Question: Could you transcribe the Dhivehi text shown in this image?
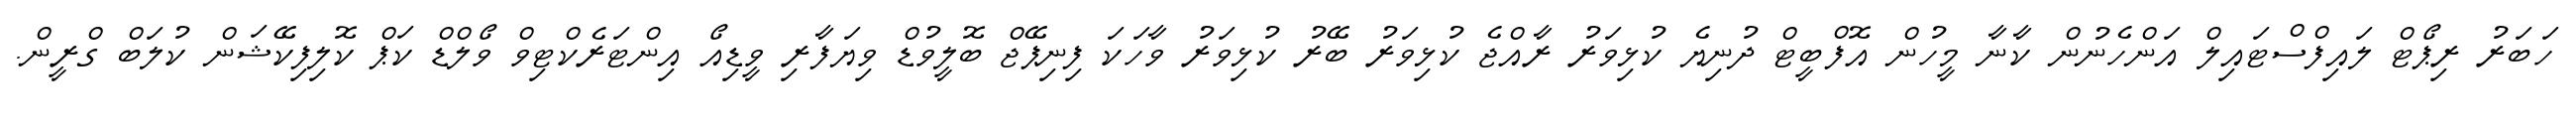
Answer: ހަބަރު ރިޕޯޓް ލައިފްސްޓައިލް އަންހެނުން ކާނާ މީހުން އޮފްބީޓް ދުނިޔެ ކުޅިވަރު ރާއްޖެ ކުޅިވަރު ބޭރު ކުޅިވަރު ވާހަކަ ފިނިޕޭޖް ބޮލީވުޑް ވިޔަފާރި ވީޑިއޯ އިންޓަރެކްޓިވް ވޯލްޑް ކަޕް ކޮލިފިކޭޝަން ކުލަބް ގްރީން.